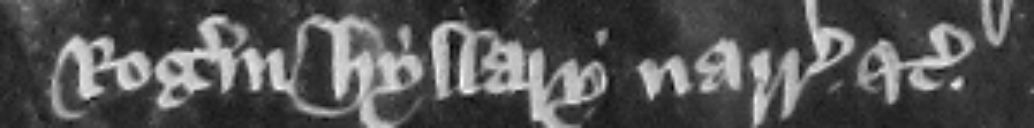
Rogerum Hyllary narratorem etc.